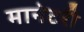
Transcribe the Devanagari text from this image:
मानेटरी